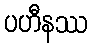
ပဟီနဿ